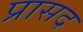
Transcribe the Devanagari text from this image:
प्रासद